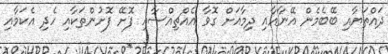
ދައްތަޔާއި ބޭބެމެން އޭނާއާއި ދިމާއަށް ގޮވާ އެއްޗިއްސާއި ފޮށޭ ފޮށުންތަކާއި ހެދި އެކަމާއި